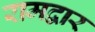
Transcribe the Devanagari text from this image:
रामद्वार